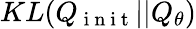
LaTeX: KL(Q_{\mathrm{~i~n~i~t~}}||Q_{\theta})